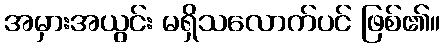
အမှားအယွင်း မရှိသလောက်ပင် ဖြစ်၏။